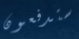
ستدفعون